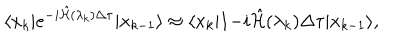
LaTeX: \langle x _ { k } | e ^ { - i \hat { { \cal H } } ( \lambda _ { k } ) \Delta \tau } | x _ { k - 1 } \rangle \approx \langle x _ { k } | 1 { - i \hat { { \cal H } } ( \lambda _ { k } ) \Delta \tau } | x _ { k - 1 } \rangle ,